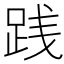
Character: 践